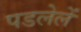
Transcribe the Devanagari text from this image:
पडलेलें